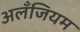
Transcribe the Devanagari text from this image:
अलँजियम